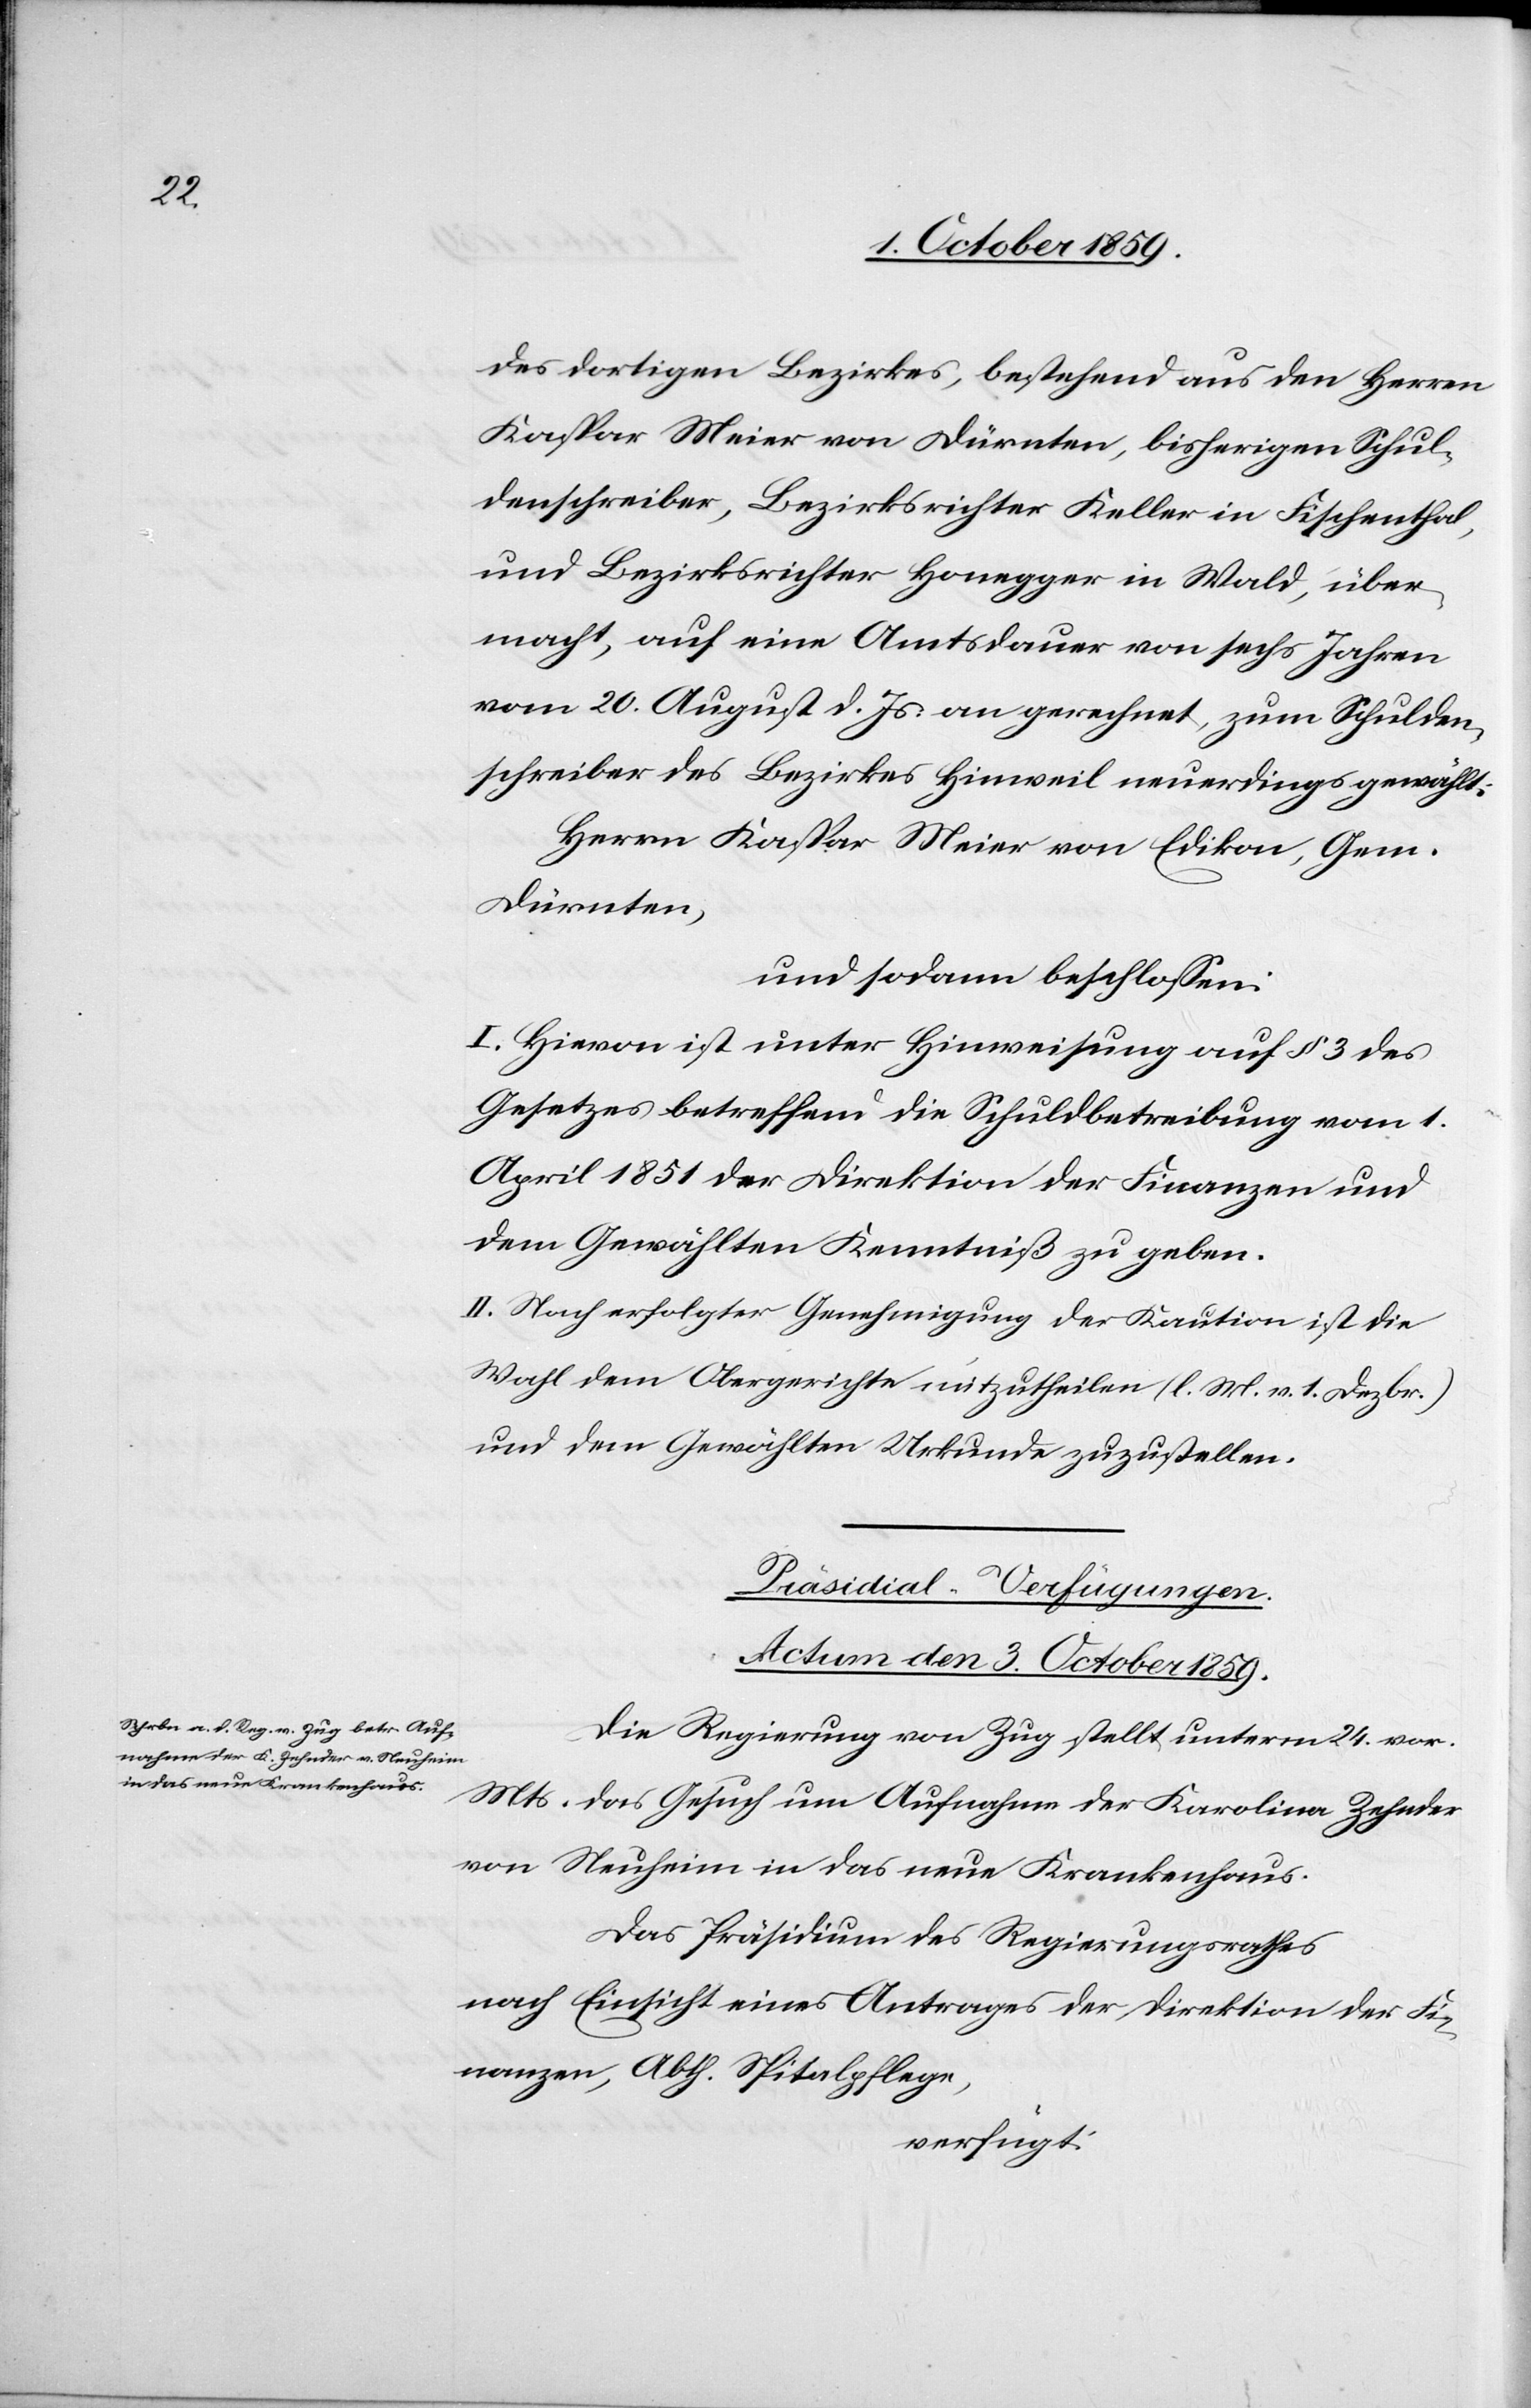
des dortigen Bezirkes, bestehend aus den Herren
Kaspar Meier von Dürnten, bisherigen Schul¬
denschreiber, Bezirksrichter Keller in Fischenthal,
und Bezirksrichter Honegger in Wald, über¬
macht, auf eine Amtsdauer von sechs Jahren
vom 20. August d. Js. an gerechnet, zum Schulden¬
schreiber des Bezirkes Hinweil neuerdings gewählt:
Herr Kaspar Meier von Edikon, Gem.
Dürnten,
und sodann beschlossen:
I. Hievon ist unter Hinweisung auf § 3 des
Gesetzes betreffend die Schuldbetreibung vom 1.
April 1851 der Direktion der Finanzen und
dem Gewählten Kenntniß zu geben.
II. Nach erfolgter Genehmigung der Kaution ist die
Wahl dem Obergerichte mitzutheilen (l. M. v. 1. Dezbr.)
und dem Gewählten Urkunde zuzustellen.
Präsidial-Verfügungen.
Actum den 3. October 1859.
Die Regierung von Zug stellt unterm 24. vor.
Mts. das Gesuch um Aufnahme der Karolina Zehnder
von Neuheim in das neue Krankenhaus.
Das Präsidium des Regierungsrathes
nach Einsicht eines Antrages der Direktion der Fi¬
nanzen, Abth. Spitalpflege,
verfügt: